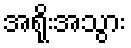
အရိုးအသွား